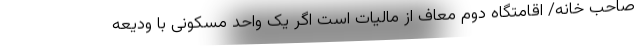
صاحب خانه/ اقامتگاه دوم معاف از مالیات است اگر یک واحد مسکونی با ودیعه